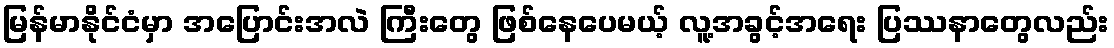
မြန်မာနိုင်ငံမှာ အပြောင်းအလဲ ကြီးတွေ ဖြစ်နေပေမယ့် လူ့အခွင့်အရေး ပြဿနာတွေလည်း